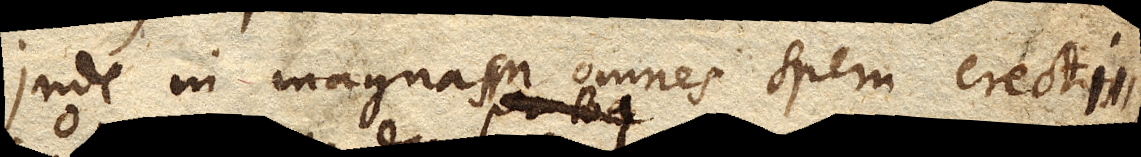
Inde in magnam omnes spem erecti